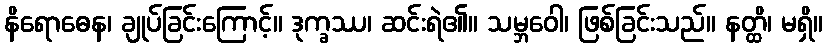
နိရောဓေန၊ ချုပ်ခြင်းကြောင့်။ ဒုက္ခဿ၊ ဆင်းရဲ၏။ သမ္ဘဝေါ၊ ဖြစ်ခြင်းသည်။ နတ္ထိ၊ မရှိ။